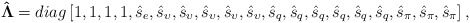
\begin{align*}{\bf{\hat \Lambda }} = diag\left[ {1,1,1,1,{{\hat s}_e},{{\hat s}_\upsilon },{{\hat s}_\upsilon },{{\hat s}_\upsilon },{{\hat s}_\upsilon },{{\hat s}_\upsilon },{{\hat s}_q},{{\hat s}_q},{{\hat s}_q},{{\hat s}_q},{{\hat s}_q},{{\hat s}_q},{{\hat s}_\pi },{{\hat s}_\pi },{{\hat s}_\pi }} \right],\end{align*}